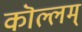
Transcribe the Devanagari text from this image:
कॊल्लम्